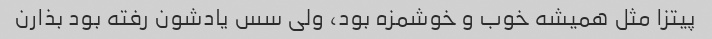
پیتزا مثل همیشه خوب و خوشمزه بود، ولی سس یادشون رفته بود بذارن